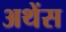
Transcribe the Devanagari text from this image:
अथेंस